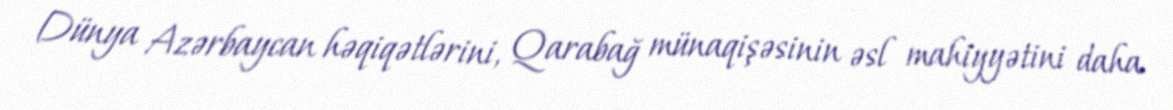
Dünya Azərbaycan həqiqətlərini, Qarabağ münaqişəsinin əsl mahiyyətini daha